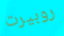
روبيرت